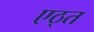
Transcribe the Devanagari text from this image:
एठ्त